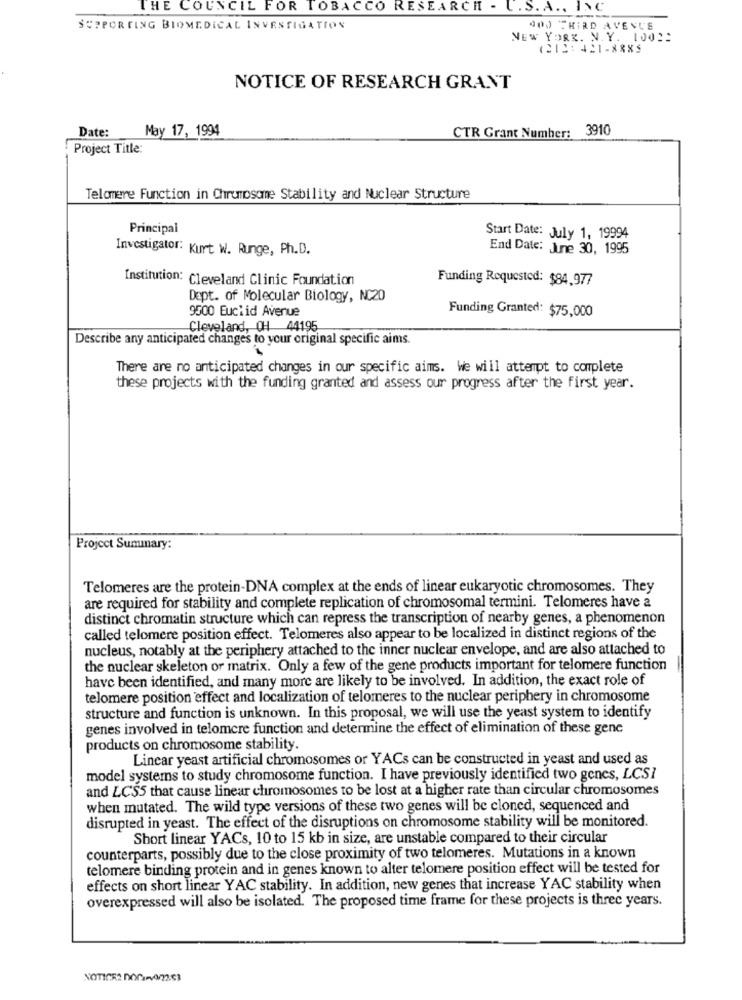
THE COUNCIL FOR TOBACCO RESEARCH - U. S. A ., INC.
SUPPORTING BIOMEDICAL INVESTIGATION
400 THIRD AVENUE
NEW YORK. N. Y. 1002:
(212: 421-888S
NOTICE OF RESEARCH GRANT
Date:
May 17, 1994
CTR Grant Number: 3910
Project Title:
Telomere Function in Chrumosomme Stability and Nuclear Structure
Principal
Start Date: July 1, 19994
Investigator: Kurt W. Runge, Ph.D.
End Date: June 30, 1995
Institution: Cleveland Clinic Foundation
Funding Requested: $84,977
Dept. of Molecular Biology, NC20
9500 Euclid Avenue
Funding Granted: $75,000
Cleveland, OH4 44195
Describe any anticipated changes to your original specific aims.
There are no anticipated changes in our specific aims. We will attempt to complete
these projects with the funding granted and assess our progress after the first year.
Project Summary:
Telomeres are the protein-DNA complex at the ends of linear eukaryotic chromosomes. They
are required for stability and complete replication of chromosomal termini. Telomeres have a
distinct chromatin structure which can repress the transcription of nearby genes, a phenomenon
called telomere position effect. Telomeres also appear to be localized in distinct regions of the
nucleus, notably at the periphery attached to the inner nuclear envelope, and are also attached to
the nuclear skeleton or matrix. Only a few of the gene products important for telomere function
have been identified, and many more are likely to be involved. In addition, the exact role of
telomere position effect and localization of telomeres to the nuclear periphery in chromosome
structure and function is unknown. In this proposal, we will use the yeast system to identify
genes involved in telomere function and determine the effect of elimination of these genc
products on chromosome stability.
Linear yeast artificial chromosomes or YACs can be constructed in yeast and used as
model systems to study chromosome function. I have previously identified two genes, LCSI
and LCS5 that cause linear chromosomes to be lost at a higher rate than circular chromosomes
when mutated. The wild type versions of these two genes will be cloned, sequenced and
disrupted in yeast. The effect of the disruptions on chromosome stability will be monitored.
Short linear YACs, 10 to 15 kb in size, are unstable compared to their circular
counterparts, possibly due to the close proximity of two telomeres. Mutations in a known
telomere binding protein and in genes known to alter telomere position effect will be tested for
effects on short linear YAC stability. In addition, new genes that increase YAC stability when
overexpressed will also be isolated. The proposed time frame for these projects is three years.
NOTICE2 DOC:Pv0/22.63